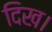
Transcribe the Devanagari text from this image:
दिख।